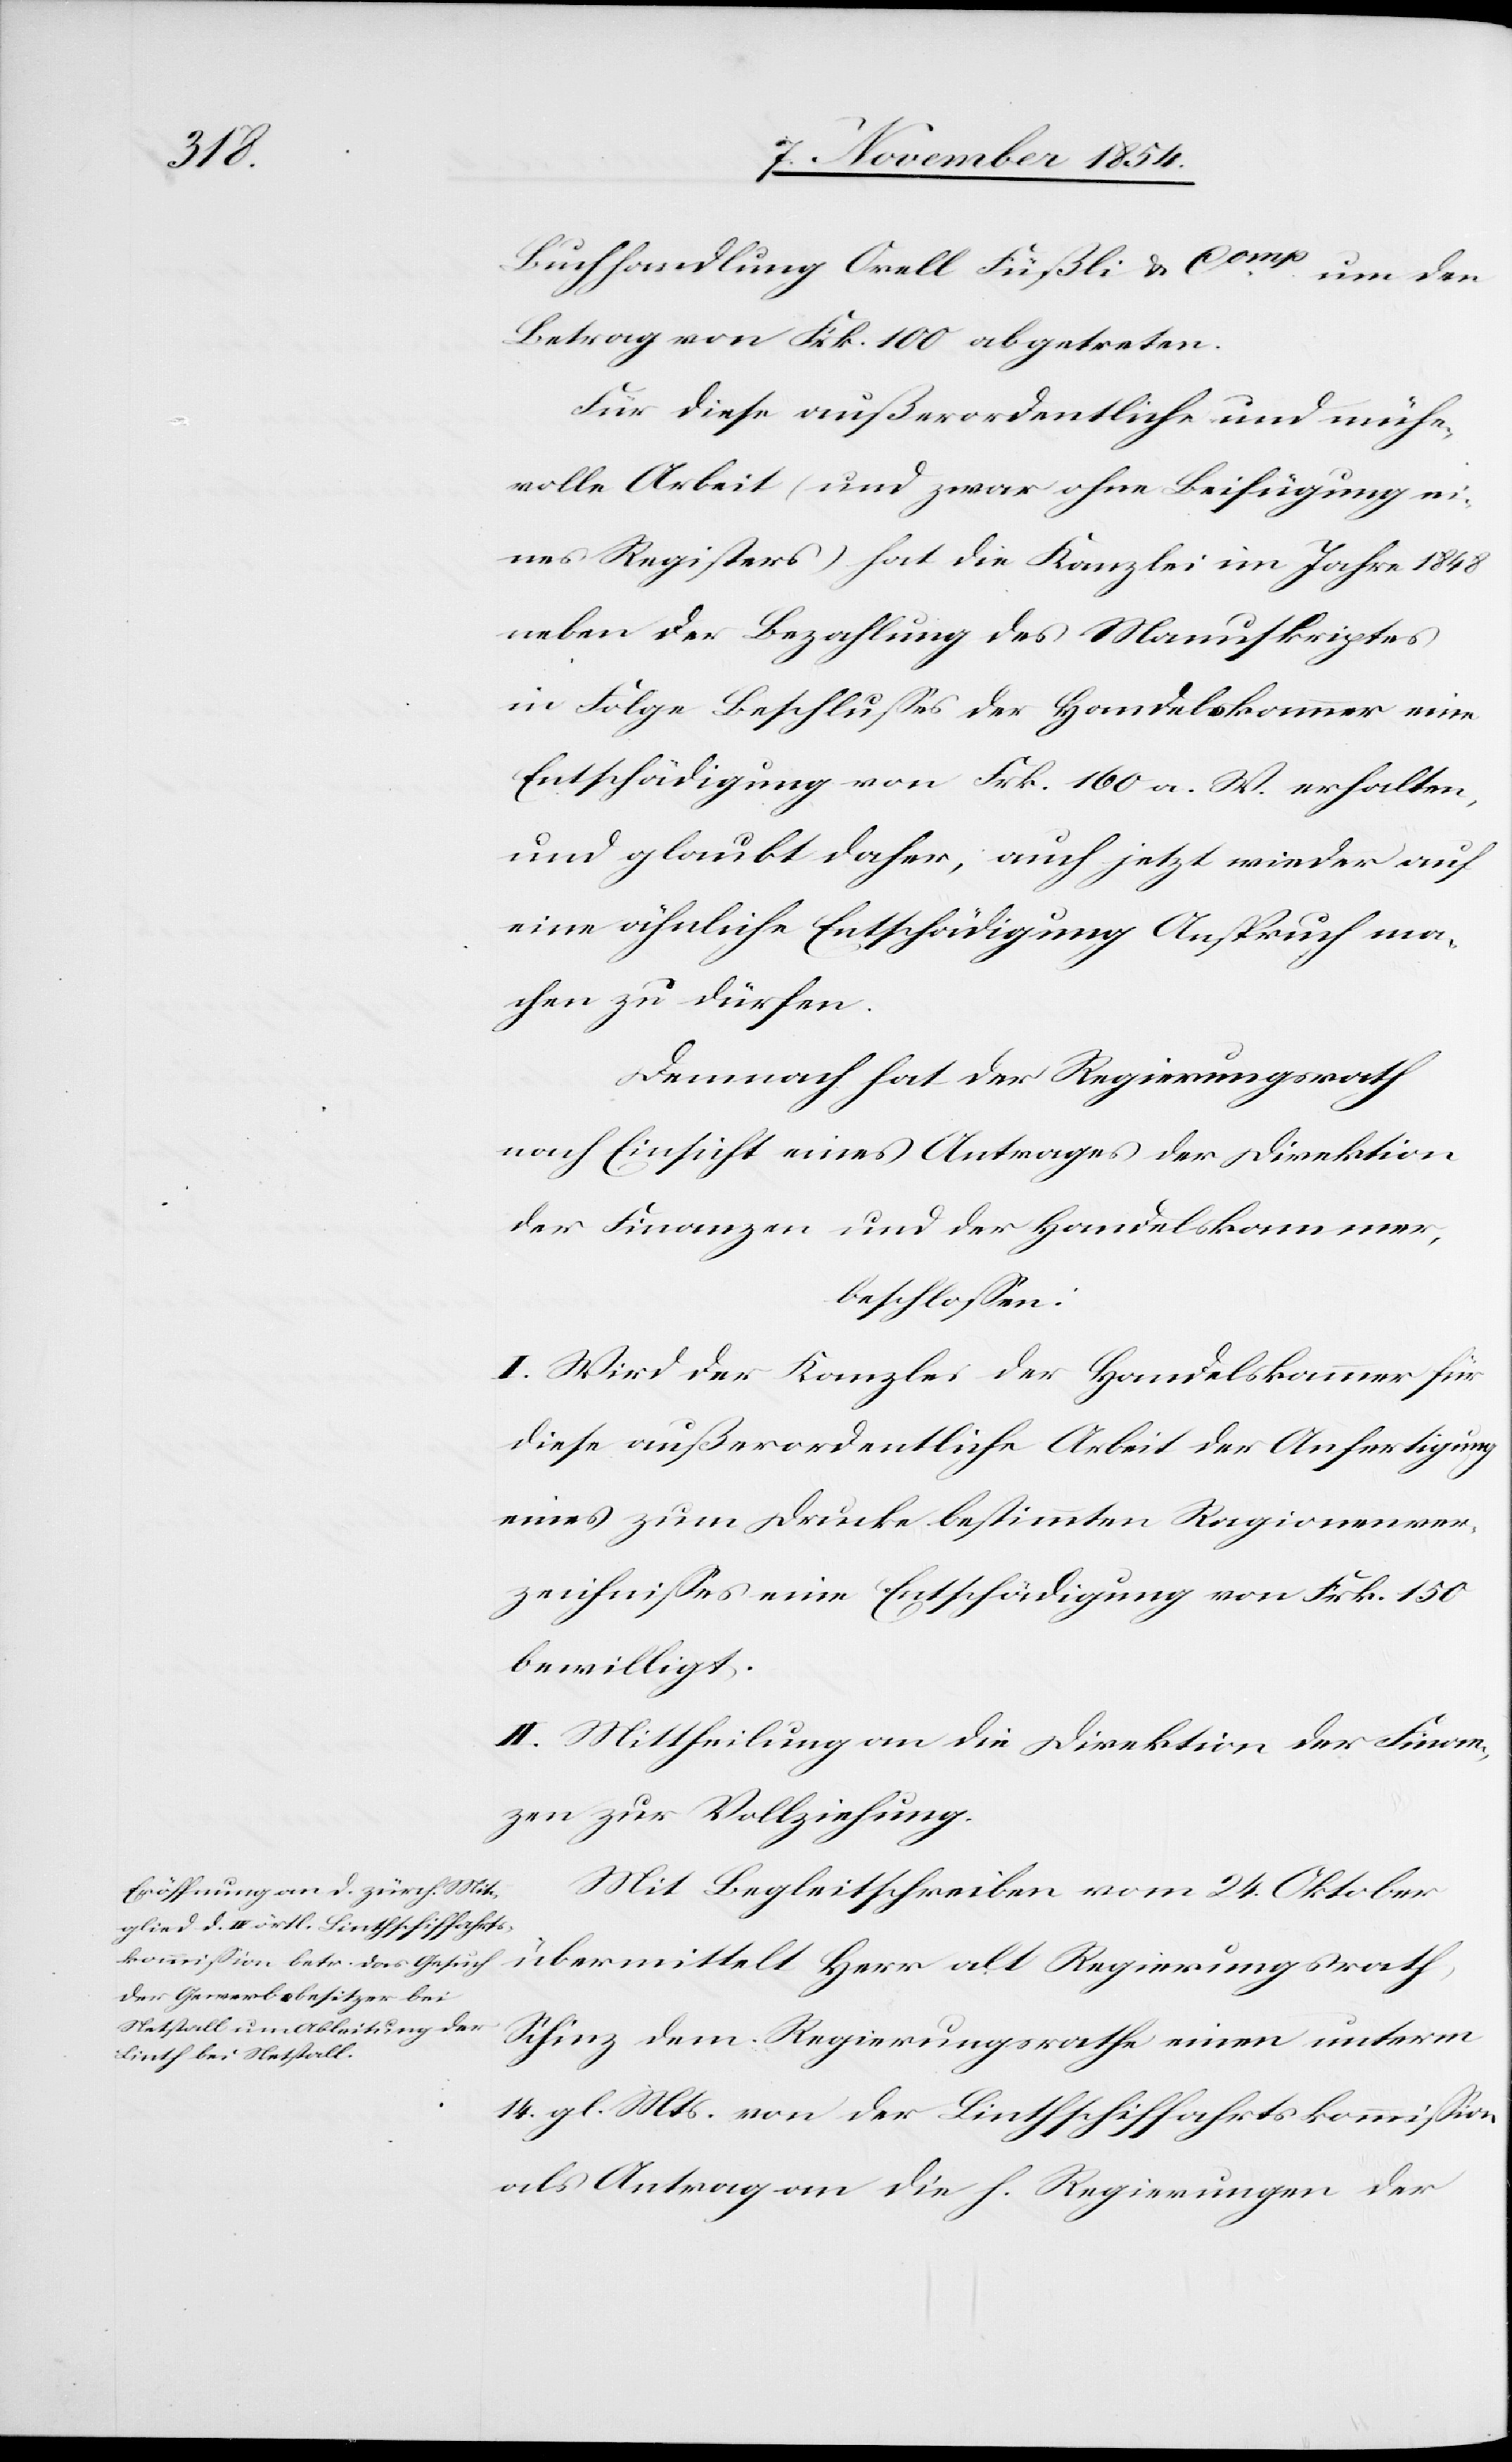
Buchhandlung Orell Füßli & Comp um den
Betrag von Frk. 100 abgetreten.
Für diese außerordentliche und mühe¬
volle Arbeit (und zwar ohne Beifügung ei¬
nes Registers) hat die Kanzlei im Jahre 1848
neben der Bezahlung des Manuskriptes
in Folge Beschlußes der Handelskammer eine
Entschädigung von Frk. 160 a. W. erhalten,
und glaubt daher, auch jetzt wieder auf
eine ähnliche Entschädigung Anspruch ma¬
chen zu dürfen.
Demnach hat der Regierungsrath
nach Einsicht eines Antrages der Direktion
der Finanzen und der Handelskammer,
beschloßen:
I. Wird der Kanzlei der Handelskammer für
diese außerordentliche Arbeit der Anfertigung
eines zum Drucke bestimmten Ragionenver¬
zeichnißes eine Entschädigung von Frk. 150
bewilligt.
II. Mittheilung an die Direktion der Finan¬
zen zur Vollziehung.
Mit Begleitschrieben vom 24. Oktober
übermittelt Herr alt Regierungsrath
Schinz dem Regierungsrathe eine unterm
14. gl. Mts. von der Linthschiffahrtskommißion
als Antrag an die h. Regierungen der